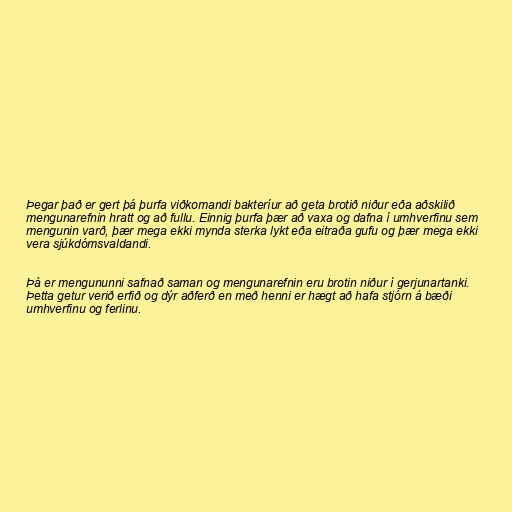
Þegar það er gert þá þurfa viðkomandi bakteríur að geta brotið niður eða aðskilið
mengunarefnin hratt og að fullu. Einnig þurfa þær að vaxa og dafna í umhverfinu sem
mengunin varð, þær mega ekki mynda sterka lykt eða eitraða gufu og þær mega ekki
vera sjúkdómsvaldandi.

Þá er mengununni safnað saman og mengunarefnin eru brotin niður í gerjunartanki.
Þetta getur verið erfið og dýr aðferð en með henni er hægt að hafa stjórn á bæði
umhverfinu og ferlinu.